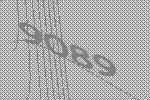
9089